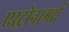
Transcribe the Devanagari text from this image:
एस्ट्रोनामर्स